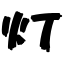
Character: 灯